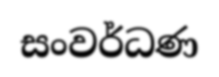
සංවර්ධණ